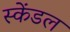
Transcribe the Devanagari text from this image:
स्केंडल